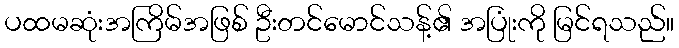
ပထမဆုံးအကြိမ်အဖြစ် ဦးတင်မောင်သန့်၏ အပြုံးကို မြင်ရသည်။